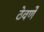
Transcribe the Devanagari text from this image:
ठेवणेे